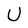
Character: U